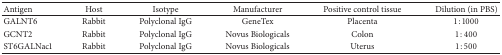
| Antigen | Host | Isotype | Manufacturer | Positive control tissue | Dilution (in PBS) |
 | --- | --- | --- | --- | --- | --- |
 | GALNT6 | Rabbit | Polyclonal IgG | GeneTex | Placenta | 1 : 1000 |
 | GCNT2 | Rabbit | Polyclonal IgG | Novus Biologicals | Colon | 1 : 400 |
 | ST6GALNac1 | Rabbit | Polyclonal IgG | Novus Biologicals | Uterus | 1 : 500 |